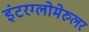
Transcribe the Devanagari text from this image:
इंटरग्लोमेरुलर